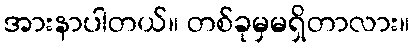
အားနာပါတယ်။ တစ်ခုမှမရှိတာလား။